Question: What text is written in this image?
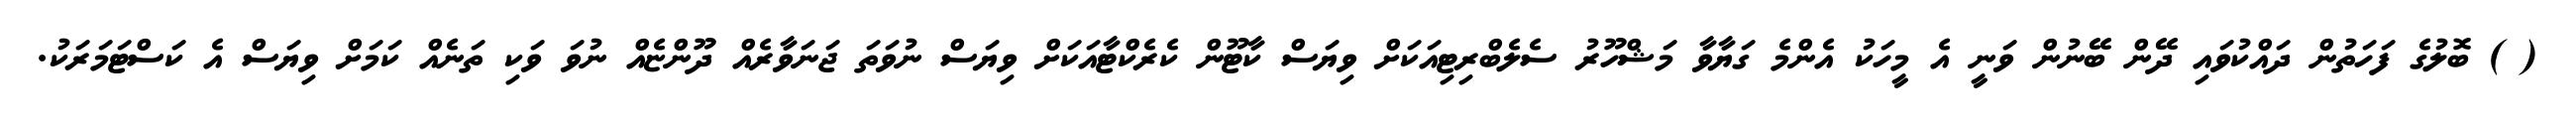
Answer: ( ) ބޮލުގެ ފަހަތުން ދައްކުވައި ދޭން ބޭނުން ވަނީ އެ މީހަކު އެންމެ ގަޔާވާ މަޝްހޫރު ސެލެބްރިޓިއަކަށް ވިޔަސް ކާޓޫން ކެރެކްޓާއަކަށް ވިޔަސް ނުވަތަ ޖަނަވާރެއް ދޫންޏެއް ނުވަ ވަކި ތަނެއް ކަމަށް ވިޔަސް އެ ކަސްޓަމަރަކު.